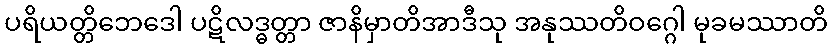
ပရိယတ္တိဘေဒေါ ပဋိလဒ္ဓတ္တာ ဇာနိမှာတိအာဒီသု အနုဿတိဝဂ္ဂေါ မုခမဿာတိ